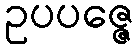
ဥပပဇ္ဇေ